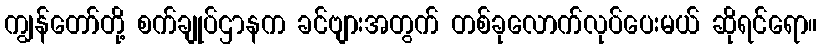
ကျွန်တော်တို့ စက်ချုပ်ဌာနက ခင်ဗျားအတွက် တစ်ခုလောက်လုပ်ပေးမယ် ဆိုရင်ရော။